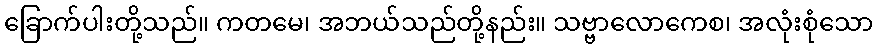
ခြောက်ပါးတို့သည်။ ကတမေ၊ အဘယ်သည်တို့နည်း။ သဗ္ဗာလောကေစ၊ အလုံးစုံသော